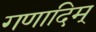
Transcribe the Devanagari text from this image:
गणादिम्